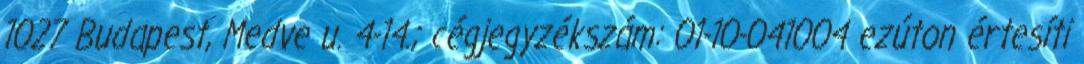
1027 Budapest, Medve u. 4-14.; cégjegyzékszám: 01-10-041004 ezúton értesíti